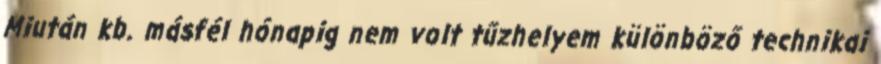
Miután kb. másfél hónapig nem volt tűzhelyem különböző technikai